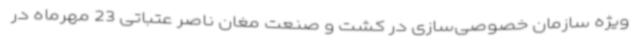
ویژه سازمان خصوصی‌سازی در کشت و صنعت مغان ناصر عتباتی 23 مهرماه در